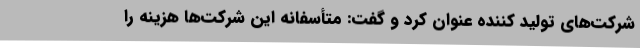
شرکت‌های تولید کننده عنوان کرد و گفت: متأسفانه این شرکت‌ها هزینه را